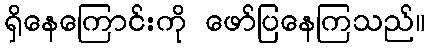
ရှိနေကြောင်းကို ဖော်ပြနေကြသည်။